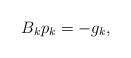
LaTeX: \begin{align*} B_k p_k=-g_k,\end{align*}